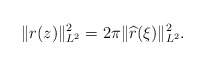
\begin{align*}\|r(z)\|_{L^2}^2=2\pi\|\widehat{r}(\xi)\|_{L^2}^2.\end{align*}